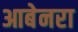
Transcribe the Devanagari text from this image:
आबेनरा